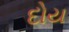
દોય